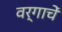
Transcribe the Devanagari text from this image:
वर्गाचें